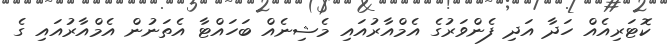
ކޮޓަރިއެއް ހަދާ އަދި ފެންވަރުގެ އެމްއާރުއައި މެޝިނެއް ބަހައްޓާ އެތަނުން އެމްއާރުއައި ގެ